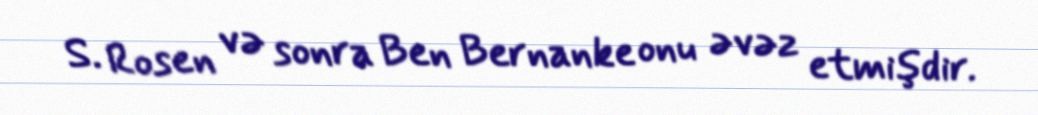
S. Rosen və sonra Ben Bernanke onu əvəz etmişdir.